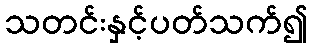
သတင်းနှင့်ပတ်သက်၍